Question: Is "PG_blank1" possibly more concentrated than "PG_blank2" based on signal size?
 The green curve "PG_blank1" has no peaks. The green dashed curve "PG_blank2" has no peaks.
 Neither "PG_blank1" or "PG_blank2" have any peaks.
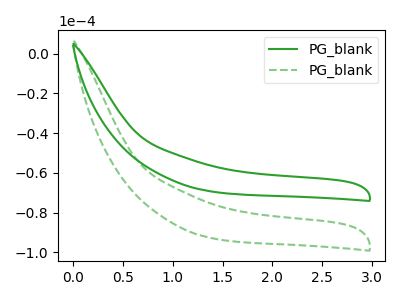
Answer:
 <answer>I cant tell if "PG_blank1" or "PG_blank2" has more signal.</answer>
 <eval>mixed_signal</eval>